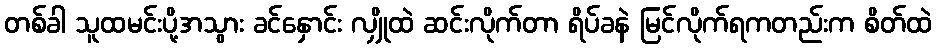
တစ်ခါ သူထမင်းပို့အသွား ခင်နှောင်း လျှိုထဲ ဆင်းလိုက်တာ ရိပ်ခနဲ မြင်လိုက်ရကတည်းက စိတ်ထဲ